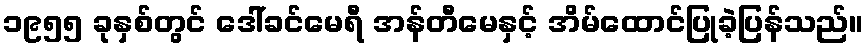
၁၉၅၅ ခုနှစ်တွင် ဒေါ်ခင်မေရီ အန်တီမေနှင့် အိမ်ထောင်ပြုခဲ့ပြန်သည်။